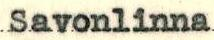
Savonlinna